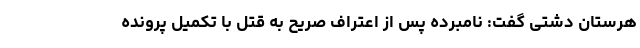
هرستان دشتی گفت: نامبرده پس از اعتراف صریح به قتل با تکمیل پرونده